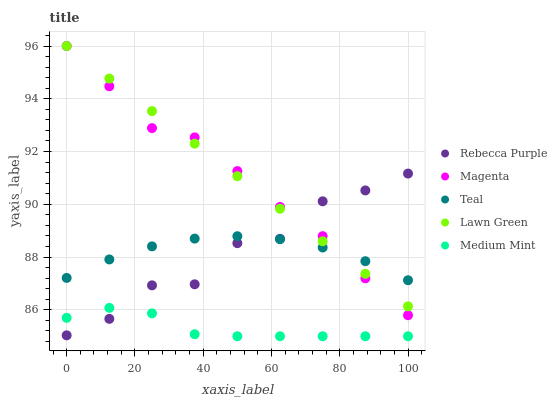
| xaxis_label | Rebecca Purple | Magenta | Teal | Lawn Green | Medium Mint |
 | --- | --- | --- | --- | --- | --- |
 | 0 | 85 | 96 | 87.2 | 96 | 85.7 |
 | 12.5 | 85.7 | 94.5 | 87.9 | 94.8 | 86.1 |
 | 25 | 86.9 | 92.9 | 88.4 | 93.5 | 85.9 |
 | 37.5 | 87 | 92.5 | 88.7 | 92.3 | 85.1 |
 | 50 | 88.5 | 91.3 | 88.8 | 91.1 | 85 |
 | 62.5 | 88.7 | 89.9 | 88.7 | 89.8 | 85 |
 | 75 | 90.1 | 88.8 | 88.4 | 88.6 | 85 |
 | 87.5 | 90.5 | 87.2 | 87.8 | 87.4 | 85 |
 | 100 | 91.2 | 85.8 | 87.1 | 86.1 | 85 |